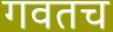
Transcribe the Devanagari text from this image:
गवतच